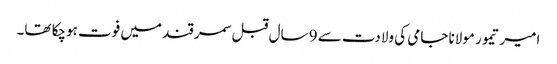
امیر تیمور مولانا جامی کی ولادت سے 9 سال قبل سمرقند میں فوت ہوچکا تھا۔